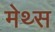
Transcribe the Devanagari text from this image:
मेथ्स